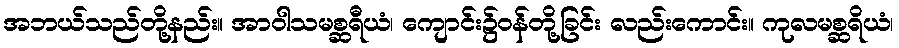
အဘယ်သည်တို့နည်း။ အာဝါသမစ္ဆရီယံ၊ ကျောင်း၌ဝန်တို့ခြင်း လည်းကောင်း။ ကုလမစ္ဆရိယံ၊